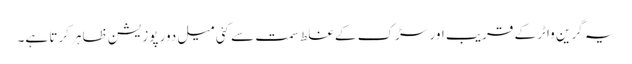
یہ گرین واٹر کے قریب اور سڑک کے غلط سمت سے کئی میل دور پوزیشن ظاہر کرتا ہے۔